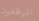
الموظفون